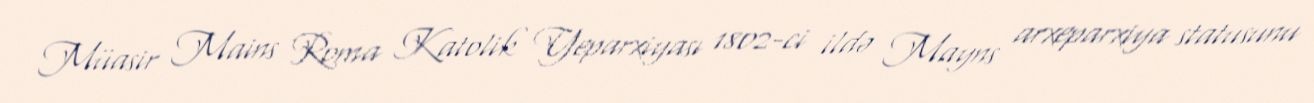
Müasir Mains Roma Katolik Yeparxiyası 1802-ci ildə Mayns arxeparxiya statusunu